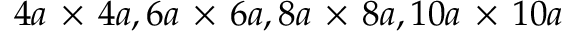
4 a \, \times \, 4 a , 6 a \, \times \, 6 a , 8 a \, \times \, 8 a , 1 0 a \, \times \, 1 0 a